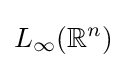
L_{\infty }(\mathbb {R} ^{n})